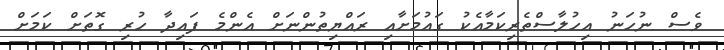
ވެސް ނުހަނު އިހުލާސްތެރިކަމާއެކު ގައުމަށާއި ރައްޔިތުންނަށް އެންމެ ފައިދާ ހުރި ގޮތަށް ކަމަށް